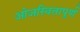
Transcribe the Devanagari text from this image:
ओजस्वितापूर्ण